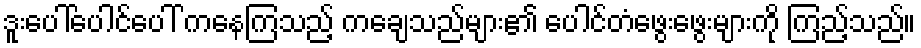
ဒူးပေါ်ပေါင်ပေါ် ကနေကြသည့် ကချေသည်များ၏ ပေါင်တံဖွေးဖွေးများကို ကြည့်သည်။